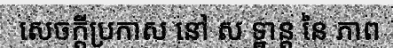
សេចក្តីប្រកាស នៅ ស ទ្ឋាន្ត នៃ ភាព